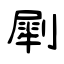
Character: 㓾